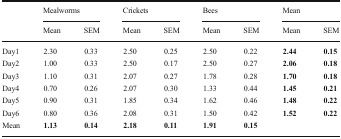
| <ROWSPAN=2>  | <COLSPAN=2> Mealworms | <COLSPAN=2> Crickets | <COLSPAN=2> Bees | <COLSPAN=2> Mean |
 | Mean | SEM | Mean | SEM | Mean | SEM | Mean | SEM |
 | --- | --- | --- | --- | --- | --- | --- | --- | --- |
 | Day1 | 2.30 | 0.33 | 2.50 | 0.25 | 2.50 | 0.22 | 2.44 | 0.15 |
 | Day2 | 1.00 | 0.33 | 2.50 | 0.17 | 2.50 | 0.27 | 2.06 | 0.18 |
 | Day3 | 1.10 | 0.31 | 2.07 | 0.27 | 1.78 | 0.28 | 1.70 | 0.18 |
 | Day4 | 0.70 | 0.26 | 2.07 | 0.30 | 1.33 | 0.44 | 1.45 | 0.21 |
 | Day5 | 0.90 | 0.31 | 1.85 | 0.34 | 1.62 | 0.46 | 1.48 | 0.22 |
 | Day6 | 0.80 | 0.36 | 2.08 | 0.31 | 1.50 | 0.42 | 1.52 | 0.22 |
 | Mean | 1.13 | 0.14 | 2.18 | 0.11 | 1.91 | 0.15 |  |  |